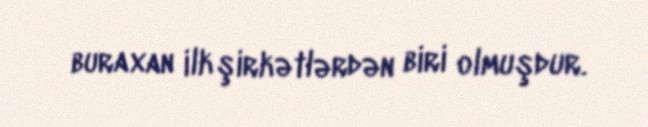
buraxan ilk şirkətlərdən biri olmuşdur.